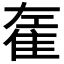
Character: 𨾭